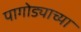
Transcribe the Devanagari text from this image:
पागोड्याच्या